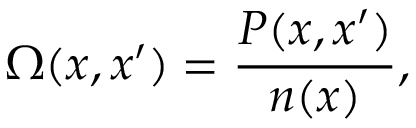
\Omega ( x , x ^ { \prime } ) = \frac { P ( x , x ^ { \prime } ) } { n ( x ) } ,